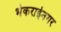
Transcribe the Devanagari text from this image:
भेकराईनगर